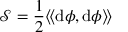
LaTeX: { \mathcal { S } } = { \frac { 1 } { 2 } } \langle \! \langle \mathrm { d } \phi , \mathrm { d } \phi \rangle \! \rangle